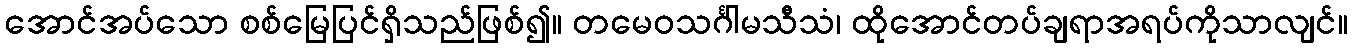
အောင်အပ်သော စစ်မြေပြင်ရှိသည်ဖြစ်၍။ တမေဝသင်္ဂါမသီသံ၊ ထိုအောင်တပ်ချရာအရပ်ကိုသာလျင်။